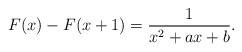
\begin{align*}F(x)-F(x+1)=\frac{1}{x^2+a x+b}.\end{align*}